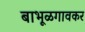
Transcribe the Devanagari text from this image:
बाभूळगावकर